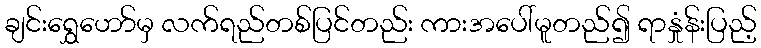
ချင်းရွှေဟော်မှ လက်ရည်တစ်ပြင်တည်း ကားအပေါ်မူတည်၍ ရာနှုံန်းပြည့်